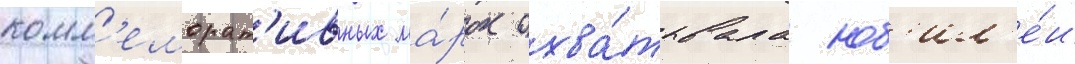
комм'еморат'ивных ма́рок охва́тывала юб'ил'е́и